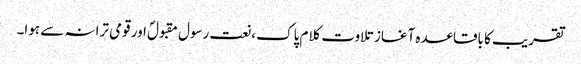
تقریب کا باقاعدہ آغاز تلاوت کلام پاک ،نعت رسول مقبولؐ اور قومی ترانہ سے ہوا۔